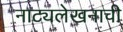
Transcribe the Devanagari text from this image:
नाट्यलेखनाची